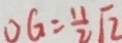
O G = \frac { 1 1 } { 2 } \sqrt { 2 }